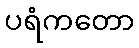
ပရံကတော